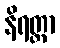
နိရတ္တာ